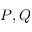
P , Q